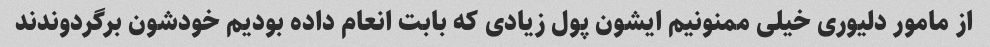
از مامور دلیوری خیلی ممنونیم ایشون پول زیادی که بابت انعام داده بودیم خودشون برگردوندند